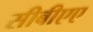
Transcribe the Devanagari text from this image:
सीबीएए